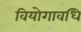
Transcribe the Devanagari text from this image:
वियोगावधि